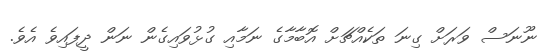
ނޫނަސް ވަރަށް ގިނަ ތަކެއްޗަށް އޮބާމާގެ ނަމާއި ގުޅުވައިގެން ނަން ދީފައިވެ އެވެ.